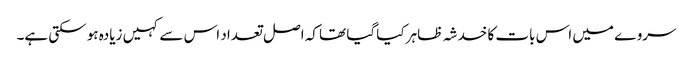
سروے میں اس بات کا خدشہ ظاہر کیا گیا تھا کہ اصل تعداد اس سے کہیں زیادہ ہو سکتی ہے۔